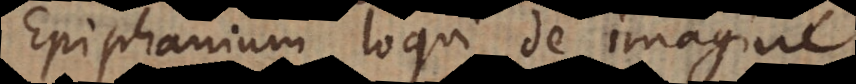
Epiphanium loqui de imagine